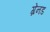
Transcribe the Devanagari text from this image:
ग्रेनड